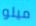
ميلو